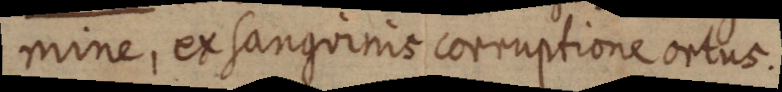
mine, ex sanguinis corruptione ortus.